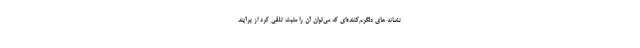
نشانه های دلگرم‌کننده‌ای که می‌توان آن را مثبت تلقی کرد از برآیند